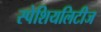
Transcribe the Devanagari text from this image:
स्पेशियलिटीज